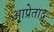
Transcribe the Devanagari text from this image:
आप्रेताद